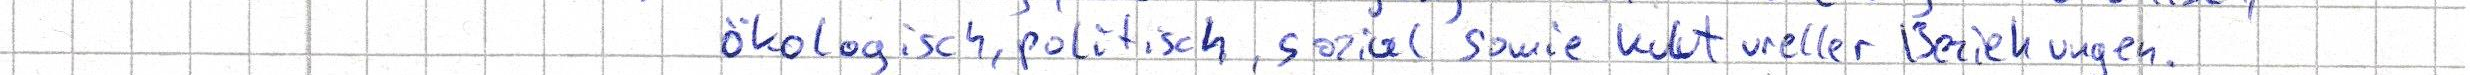
ökologisch, politisch, sozial sowie kultureller Beziehungen.